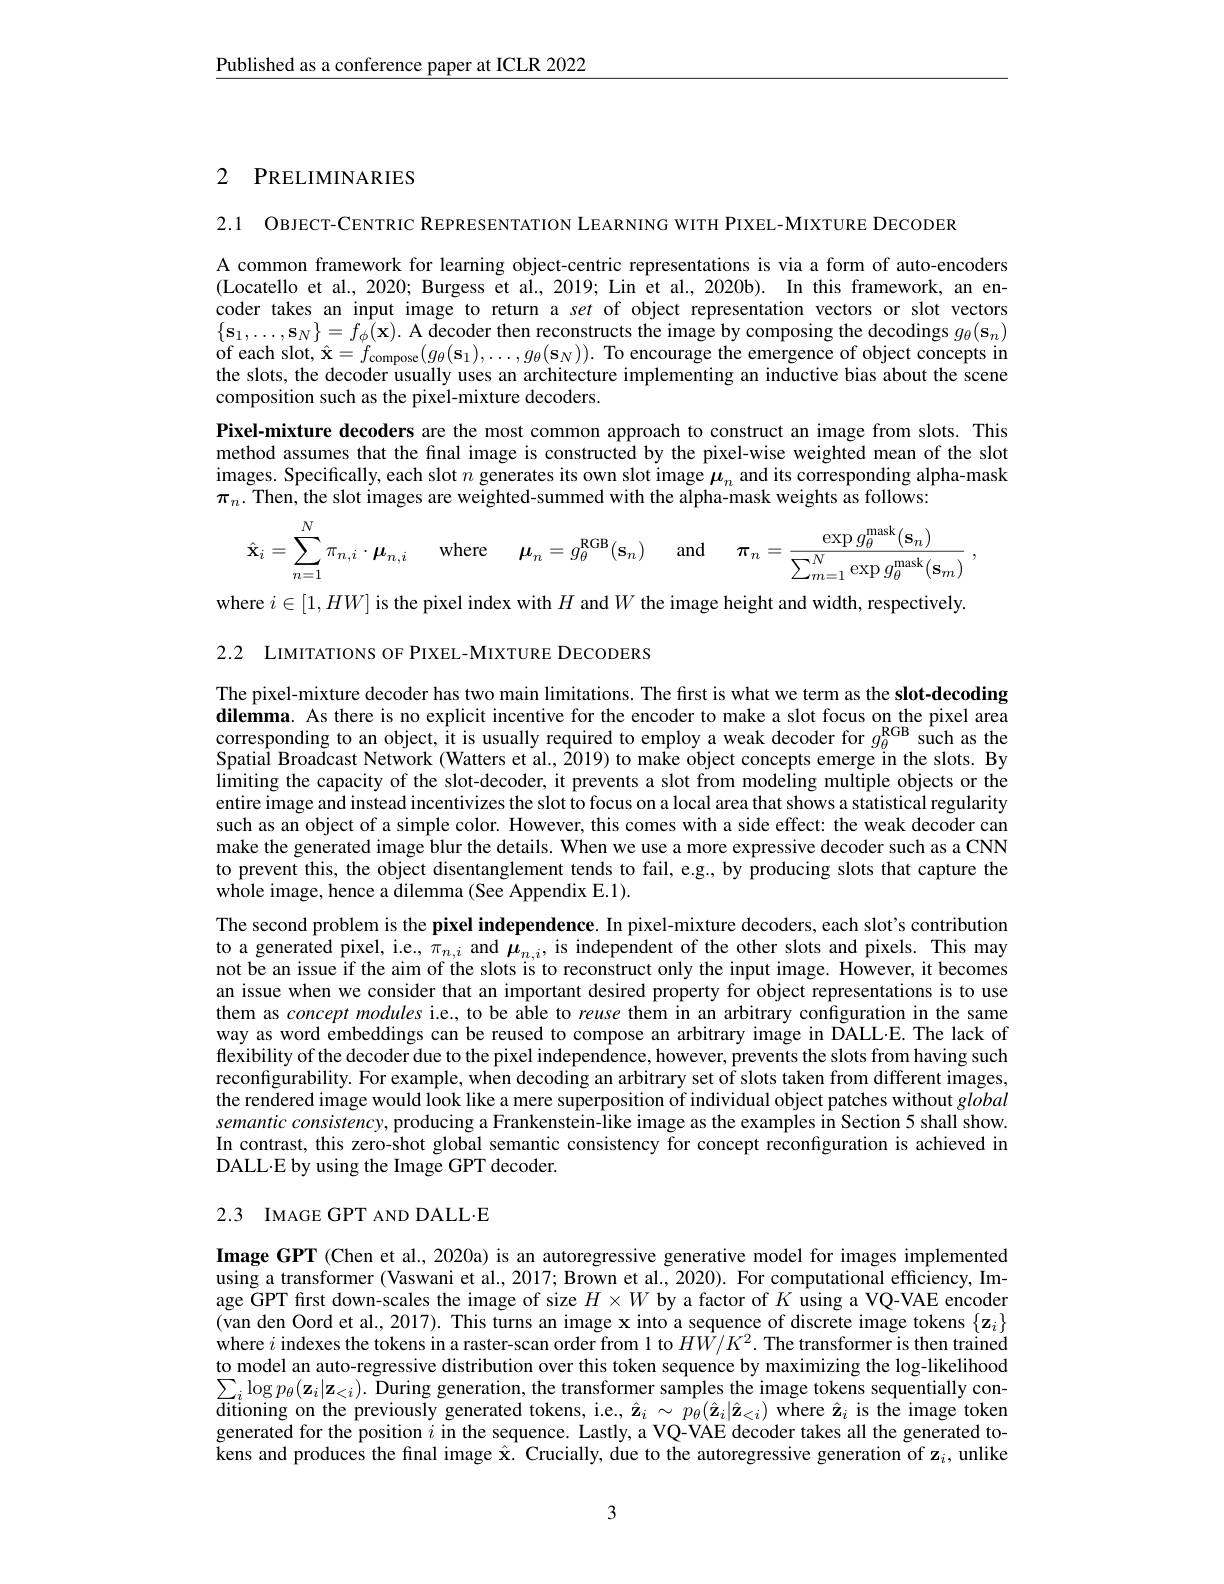
Published as a conference paper at ICLR 2022

# 2 PRELIMINARIES

2.1 OBJECT-CENTRIC REPRESENTATION LEARNING WITH PIXEL-MIXTURE DECODER
A common framework for learning object-centric representations is via a form of auto-encoders (Locatello et al., 2020; Burgess et al., 2019; Lin et al., 2020b). In this framework, an encoder takes an input image to return a set of object representation vectors or slot vectors $\{\mathbf{s}_{1},\ldots,\mathbf{s}_{N}\}=f_{\phi}(\mathbf{x}).$ A decoder then reconstructs the image by composing the decodings $g_\theta(\mathbf{s}_n)$ of each slot, $\hat{\mathbf{x}}=f_{\text{compose}}(g_{\theta}(\mathbf{s}_{1}),\ldots,g_{\theta}(\mathbf{s}_{N})).$ To encourage the emergence of object concepts in the slots, the decoder usually uses an architecture implementing an inductive bias about the scene composition such as the pixel-mixture decoders.
Pixel-mixture decoders are the most common approach to construct an image from slots. This method assumes that the final image is constructed by the pixel-wise weighted mean of the slot images. Specifically, each slot $n$ generates its own slot image $\boldsymbol\mu_n$ and its corresponding alpha-mask $\pi_n.$ Then, the slot images are weighted-summed with the alpha-mask weights as follows:
$$\hat{\mathbf{x}}_{i}=\sum_{n=1}^{N}\pi_{n,i}\cdot\boldsymbol{\mu}_{n,i}\quad\mathrm{where}\quad\boldsymbol{\mu}_{n}=g_{\theta}^{\mathrm{RGB}}(\mathbf{s}_{n})\quad\mathrm{and}\quad\pi_{n}=\frac{\exp g_{\theta}^{\mathrm{mask}}(\mathbf{s}_{n})}{\sum_{m=1}^{N}\exp g_{\theta}^{\mathrm{mask}}(\mathbf{s}_{m})}\:,$$
where $i\in[1,HW]$ is the pixel index with $H$ and $W$ the image height and width, respectively.

2.2 LIMITATIONS OF PIXEL-MIXTURE DECODERS

The pixel-mixture decoder has two main limitations. The first is what we term as the slot-decoding dilemma. As there is no explicit incentive for the encoder to make a slot focus on the pixel area corresponding to an object, it is usually required to employ a weak decoder for $g_\theta^\mathrm{RGB}$ such as the Spatial Broadcast Network (Watters et al., 2019) to make object concepts emerge in the slots. By limiting the capacity of the slot-decoder, it prevents a slot from modeling multiple objects or the entire image and instead incentivizes the slot to focus on a local area that shows a statistical regularity such as an object of a simple color. However, this comes with a side effect: the weak decoder can make the generated image blur the details. When we use a more expressive decoder such as a CNN to prevent this, the object disentanglement tends to fail, e.g., by producing slots that capture the whole image, hence a dilemma (See Appendix E.1).
The second problem is the pixel independence. In pixel-mixture decoders, each slot's contribution to a generated pixel, i.e., $\pi_{n,i}$ and $\boldsymbol\mu_{n,i}$, is independent of the other slots and pixels. This may not be an issue if the aim of the slots is to reconstruct only the input image. However, it becomes an issue when we consider that an important desired property for object representations is to use them as concept modules i.e, to be able to reuse them in an arbitrary configuration in the same way as word embeddings can be reused to compose an arbitrary image in DALL·E. The lack of flexibility of the decoder due to the pixel independence, however, prevents the slots from having such reconfigurability. For example, when decoding an arbitrary set of slots taken from different images, the rendered image would look like a mere superposition of individual object patches without global semantic consistency, producing a Frankenstein-like image as the examples in Section 5 shall show. In contrast, this zero-shot global semantic consistency for concept reconfguration is achieved in DALL·E by using the Image GPT decoder.

# 2.3 IMAGE GPT AND DALL·E

Image GPT (Chen et al., 2020a) is an autoregressive generative model for images implemented using a transformer (Vaswani et al., 2017; Brown et al., 2020). For computational efficiency, Image GPT first down-scales the image of size $H\times W$ by a factor of $K$ using a VQ-VAE encoden (van den Oord et al., 2017). This turns an image x into a sequence of discrete image tokens $\{\mathbf{z}_i\}$ where $i$ indexes the tokens in a raster-scan order from l to $H\tilde{W}/K^2.$ The transformer is then trained to model an auto-regressive distribution over this token sequence by maximizing the log-likelihood $\sum_i\log p_\theta(\mathbf{z}_i|\mathbf{z}_{<i}).$ During generation, the transformer samples the image tokens sequentially con- $\overline{\text{ditioning on the previously generated tokens, i.e., }}\hat{\mathbf{z}}_{i}\sim p_{\theta}(\hat{\mathbf{z}}_{i}|\hat{\mathbf{z}}_{<i})$ where $\hat{\mathbf{z}}_{i}$ is the image token generated for the position $i$ in the sequence. Lastly, a VQ-VAE decoder takes all the generated tokens and produces the final image $\hat{\mathbf{x}}.$ Crucially, due to the autoregressive generation of z$_i$, unlike

3